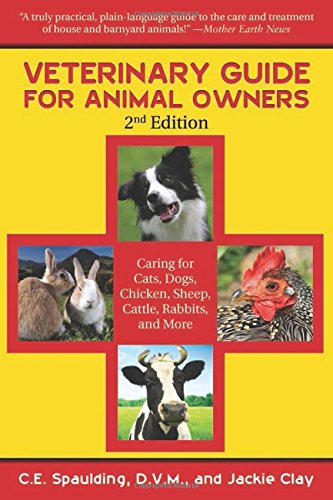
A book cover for Veterinary Guide for Animal Owners: Caring for Cats, Dogs, Chickens, Sheep, Cattle, Rabbits, and More; C. E. Spaulding; Crafts, Hobbies & Home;